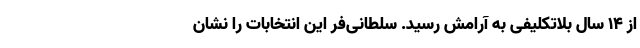
از 14 سال بلاتکلیفی به آرامش رسید. سلطانی‌فر این انتخابات را نشان